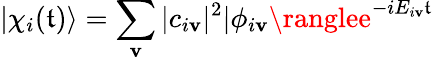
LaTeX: |\chi_{i}(\mathfrak{t})\rangle=\sum_{\mathbf{v}}|c_{i\mathbf{v}}|^{2}|\phi_{i\mathbf{v}}\ranglee^{-iE_{i\mathbf{v}}\mathfrak{t}}